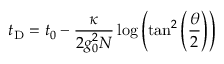
t _ { \mathrm { D } } = t _ { 0 } - \frac { \kappa } { 2 g _ { 0 } ^ { 2 } N } \log \left( \tan ^ { 2 } \left( \frac { \theta } { 2 } \right) \right)